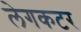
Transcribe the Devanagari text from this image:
लेगकटर